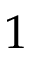
1